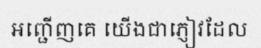
អញ្ជើញគេ យើងជាភ្ញៀវដែល